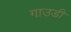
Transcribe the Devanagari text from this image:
गाउडी